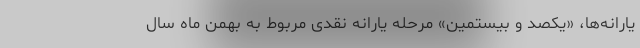
یارانه‌ها، «یکصد و بیستمین» مرحله یارانه نقدی مربوط به بهمن ماه سال